Vaccination North-Western Provinces and Oudh 1896-1901 - 1896-1901
Year: 1896
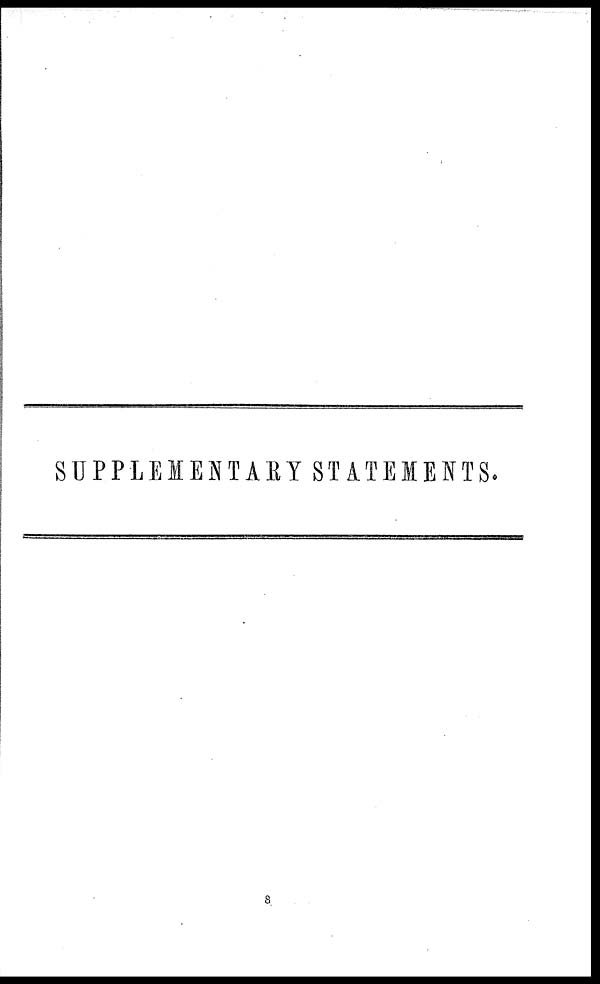
SUPPLEMENTARY STATEMENTS.
8